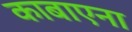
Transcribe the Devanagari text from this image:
काबाएना